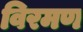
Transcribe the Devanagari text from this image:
विरमण